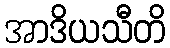
အာဒိယသီတိ